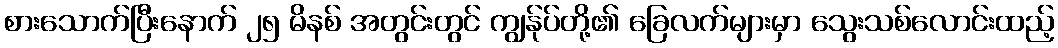
စားသောက်ပြီးနောက် ၂၅ မိနစ် အတွင်းတွင် ကျွန်ုပ်တို့၏ ခြေလက်များမှာ သွေးသစ်လောင်းထည့်